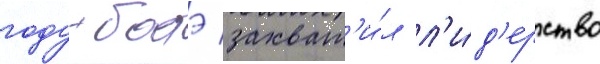
году батэ захват'и́л л'и́д'ерство